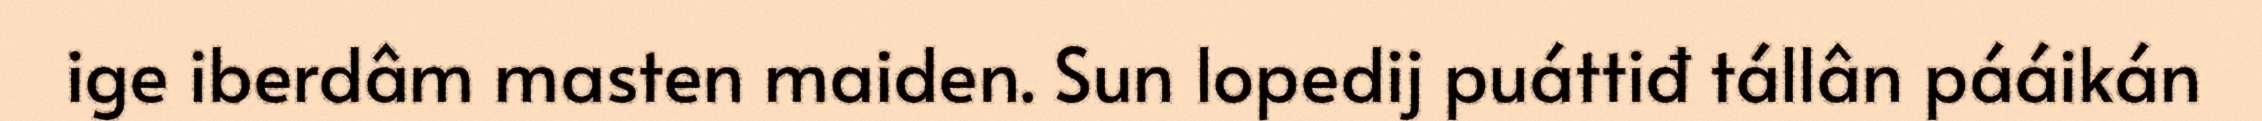
ige iberdâm masten maiden. Sun lopedij puáttiđ tállân pááikán